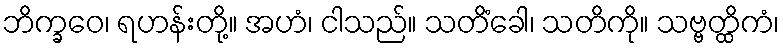
ဘိက္ခဝေ၊ ရဟန်းတို့။ အဟံ၊ ငါသည်။ သတိံခေါ၊ သတိကို။ သဗ္ဗတ္ထိကံ၊